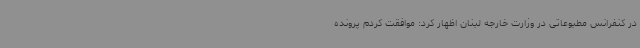
در کنفرانس مطبوعاتی در وزارت خارجه لبنان اظهار کرد: موافقت کردم پرونده